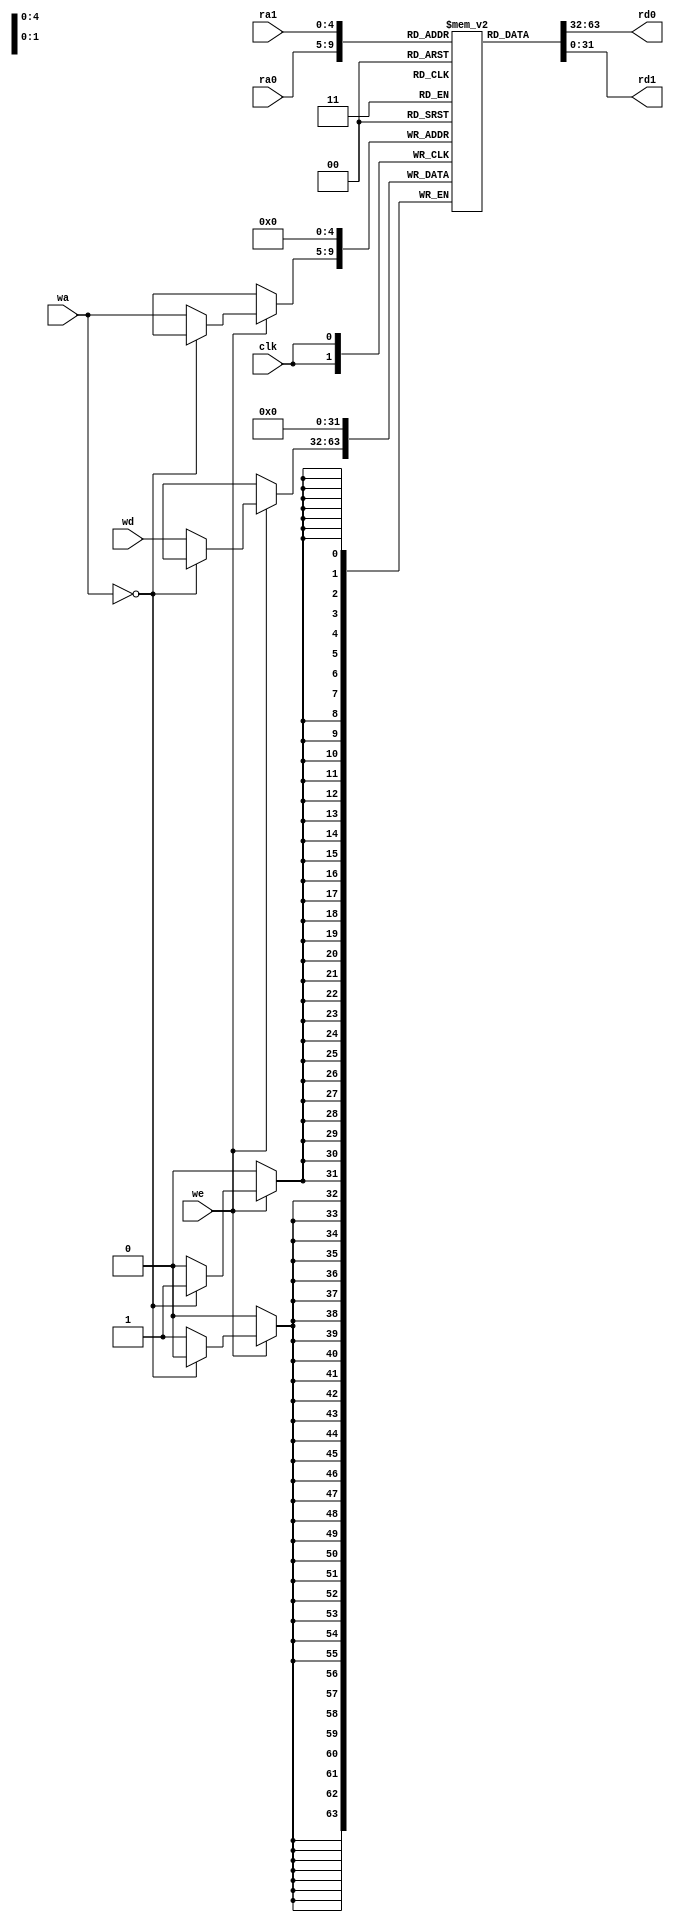
module register_file #(
    parameter WIDTH = 32)
    (
    input  clk,             
    input  [4:0] ra0,
    output [WIDTH-1:0] rd0,      
    input  [4:0] ra1,
    output [WIDTH-1:0] rd1,     
    input  [4:0] wa,       
    input  we,              
    input  [WIDTH-1:0] wd
);
    reg [WIDTH-1:0] regfile [0:31];
    assign rd0 = regfile[ra0];
    assign rd1 = regfile[ra1];
    always @(posedge clk) 
    begin
        if (we) 
        begin
            if (wa == 0) regfile[0] <= 0;
            else regfile[wa] <= wd;
        end
    end
endmodule